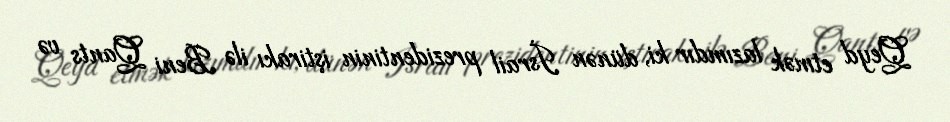
Qeyd etmək lazımdır ki, dünən İsrail prezidentinin iştirakı ilə Beni Qants və